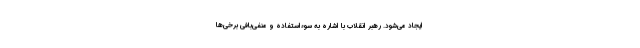
ایجاد می‌شود. رهبر انقلاب با اشاره به سوء‌استفاده و منفی‌بافی برخی‌ها